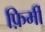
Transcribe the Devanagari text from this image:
फ़िर्मी